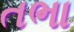
તભા